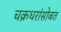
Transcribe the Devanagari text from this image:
चक्रधरांसोबत